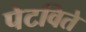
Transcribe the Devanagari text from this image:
पेटविते